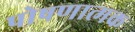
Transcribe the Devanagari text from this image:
पोषणात्मक